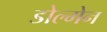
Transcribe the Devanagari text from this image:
डोल्मेन